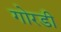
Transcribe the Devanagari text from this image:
गोरडी